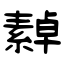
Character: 繛